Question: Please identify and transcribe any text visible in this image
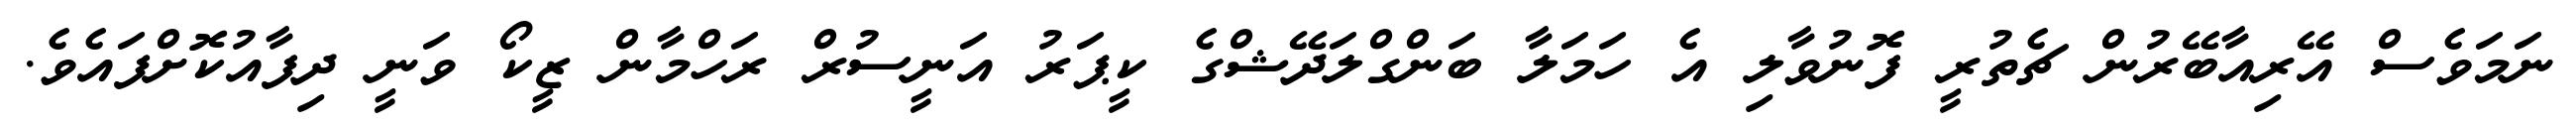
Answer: ނަމަވެސް އޭރިއާބޭރުން ޗެތުރީ ފޮނުވާލި އެ ހަމަލާ ބަންގްލަދޭޝްގެ ކީޕަރު އަނީސުރް ރަހްމާން ޒީކޯ ވަނީ ދިފާއުކޮށްފައެވެ.